Report on plague in the Punjab from October 1st ... to September 30th ..., being the ... season of plague in the province
Disease focus: Plague
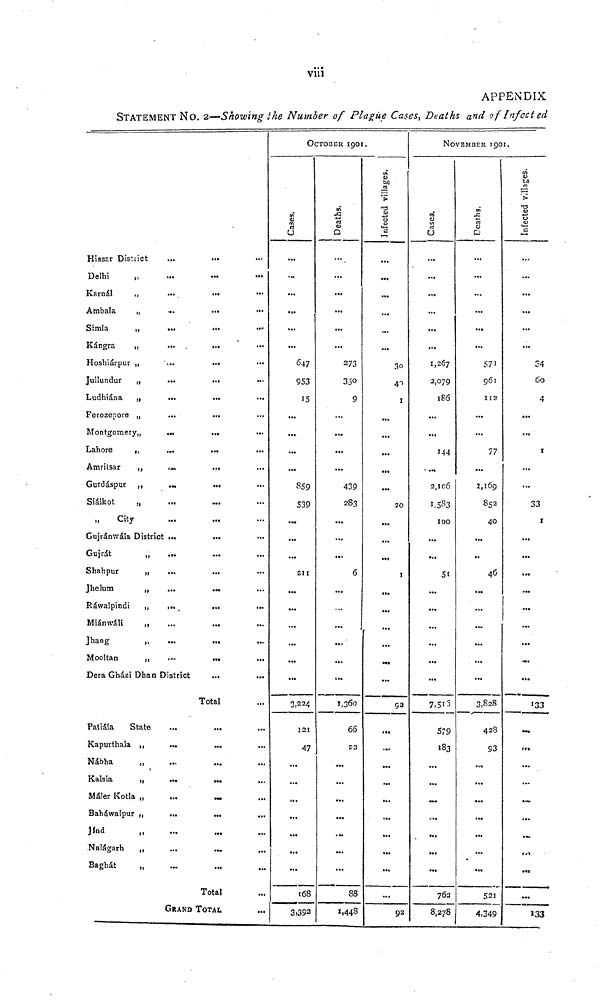
viii
APPENDIX
STATEMENT NO, 2—Showing the Number of Plague Cases, Deaths and of Infect ed
Hissar District
Delhi
Karnál
„
Ambala
„
Simla
,,
Kángra
„
Hoshiárpur „
Jullundur ,,
Ludhiána „
Ferozepoi-e „
Montgomery,,
Lahore
„
Amrilsar
,,
Gurdáspur
,
Siálkot
„
City
Gujránwáia Distr
Gujrát
Shahpur
„
Jhelum
„
Rawalpindi
,,
Miánwáli
,,
Jhang
„
Mooltan
,,
Dera Gházi Dha
Palíala
State
Kapurthala ,,
Nábha
1
Kalsia
,,
Maler Kotla „
Baháwalpur „
Jínd
Nalágarh
„
Baghát
...
...
...
...
...
...
...
...
...
a**
...
...
...
ict ...
...
...
...
».
...
...
'...
n District
...
•••
...
...
...
...
...
...
...
GRANI
...
...
...
...
...
...
...
...
...
...
...
...
...
...
...
...
...
...
...
...
...
...
...
...
...
Total
...
...
...
...
_
...
...
...
...
Total
TOTAL
...
...
...
...
...
...
...
...
...
...
...
...
...
...
...
...
...
...
...
...
...
...
...
...
...
...
...
...
...
...
...
...
...
...
...
...
0
Cases
...
...
...
...
...
...
647
953
15
...
...
...
...
859
539
...
...
...
211
...
...
...
...
...
...
3,224
J2I
47
...
...
...
...
...
...
168
3,392
CTOBER 19O
Deaths
...
...
...
...
...
...
273
350
9
.,.
.,.
...
...
439
283
...
...
...
6
...
...
...
...
...
...
1,360
66
52
...
...
...
...
...
...
...
88
1,448
1.
Infected village
...
...
...
...
...
30
I
...
...
...
...
20
...
...
I
...
...
...
...
nt
...
ça
...
...
...
...
...
...
...
...
92
No
Cases
...
...
.,.
...
...
...
1,267
2,079
186
...
...
144
...
2,1C6
1. 583
100
...
...
...
...
...
...
...
...
7,515
579
183
...
....
...
...
...
762
8,278
VEMBER 190
Deaths
...
...
...
...
...
...
571
961
112
...
...
11
...
1,169
852
40
...
..
46
...
...
...
...
...
...
3,828
42S
93
...
...
...
...
...
...
52!
4,349
1,
Infected villages
...
...
...
...
...
...
24
60
4
...
1
.,.
...
33
s
...
...
...
...
...
..,
133
...
...
...
...
..c
...